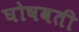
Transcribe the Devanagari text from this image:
घोषवती